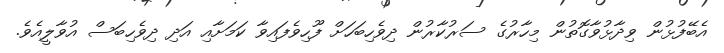
އެބޭފުޅުން ވިދާޅުވާގޮތުން މިހާރުގެ ސަރުކާރުން ދިވެހިބަހަށް ފޫހިވެފައިވާ ކަމަށާއި އަދި ދިވެހިބަސް އުވާލީއެވެ.